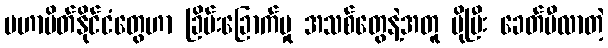
မဟာမိတ်နိုင်ငံတွေဟာ ခြိမ်းခြောက်မှု အသစ်တွေနဲ့အတူ ပိုပြီး ခေတ်မီလာတဲ့